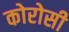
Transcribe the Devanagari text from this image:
कोरोसी